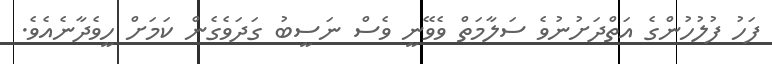
ފަހު ފުލުހުންގެ އަތްދަށުނުވެ ސަލާމަތް ވެވޭނީ ވެސް ނަސީބު ގަދަވެގެން ކަމަށް ހީވެދާނެއެވެ.